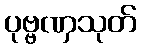
ပုဗ္ဗဏှသုတ်